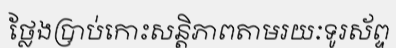
ថ្លែងប្រាប់កោះសន្តិភាពតាមរយៈទូរស័ព្ទ